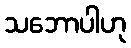
သဘောပါဟု